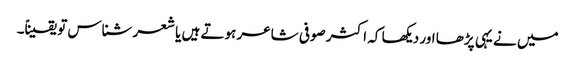
میں نے یہی پڑھا اور دیکھا کہ اکثر صوفی شاعر ہوتے ہیں یا شعر شناس تو یقیناً۔